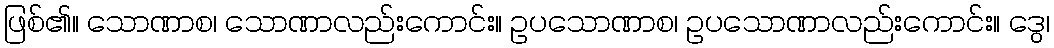
ဖြစ်၏။ သောဏာစ၊ သောဏာလည်းကောင်း။ ဥပသောဏာစ၊ ဥပသောဏာလည်းကောင်း။ ဒွေ၊